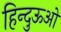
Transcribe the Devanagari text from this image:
हिन्दुऊओ